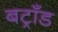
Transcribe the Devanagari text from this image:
बट्राँड